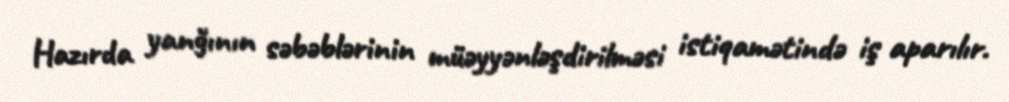
Hazırda yanğının səbəblərinin müəyyənləşdirilməsi istiqamətində iş aparılır.